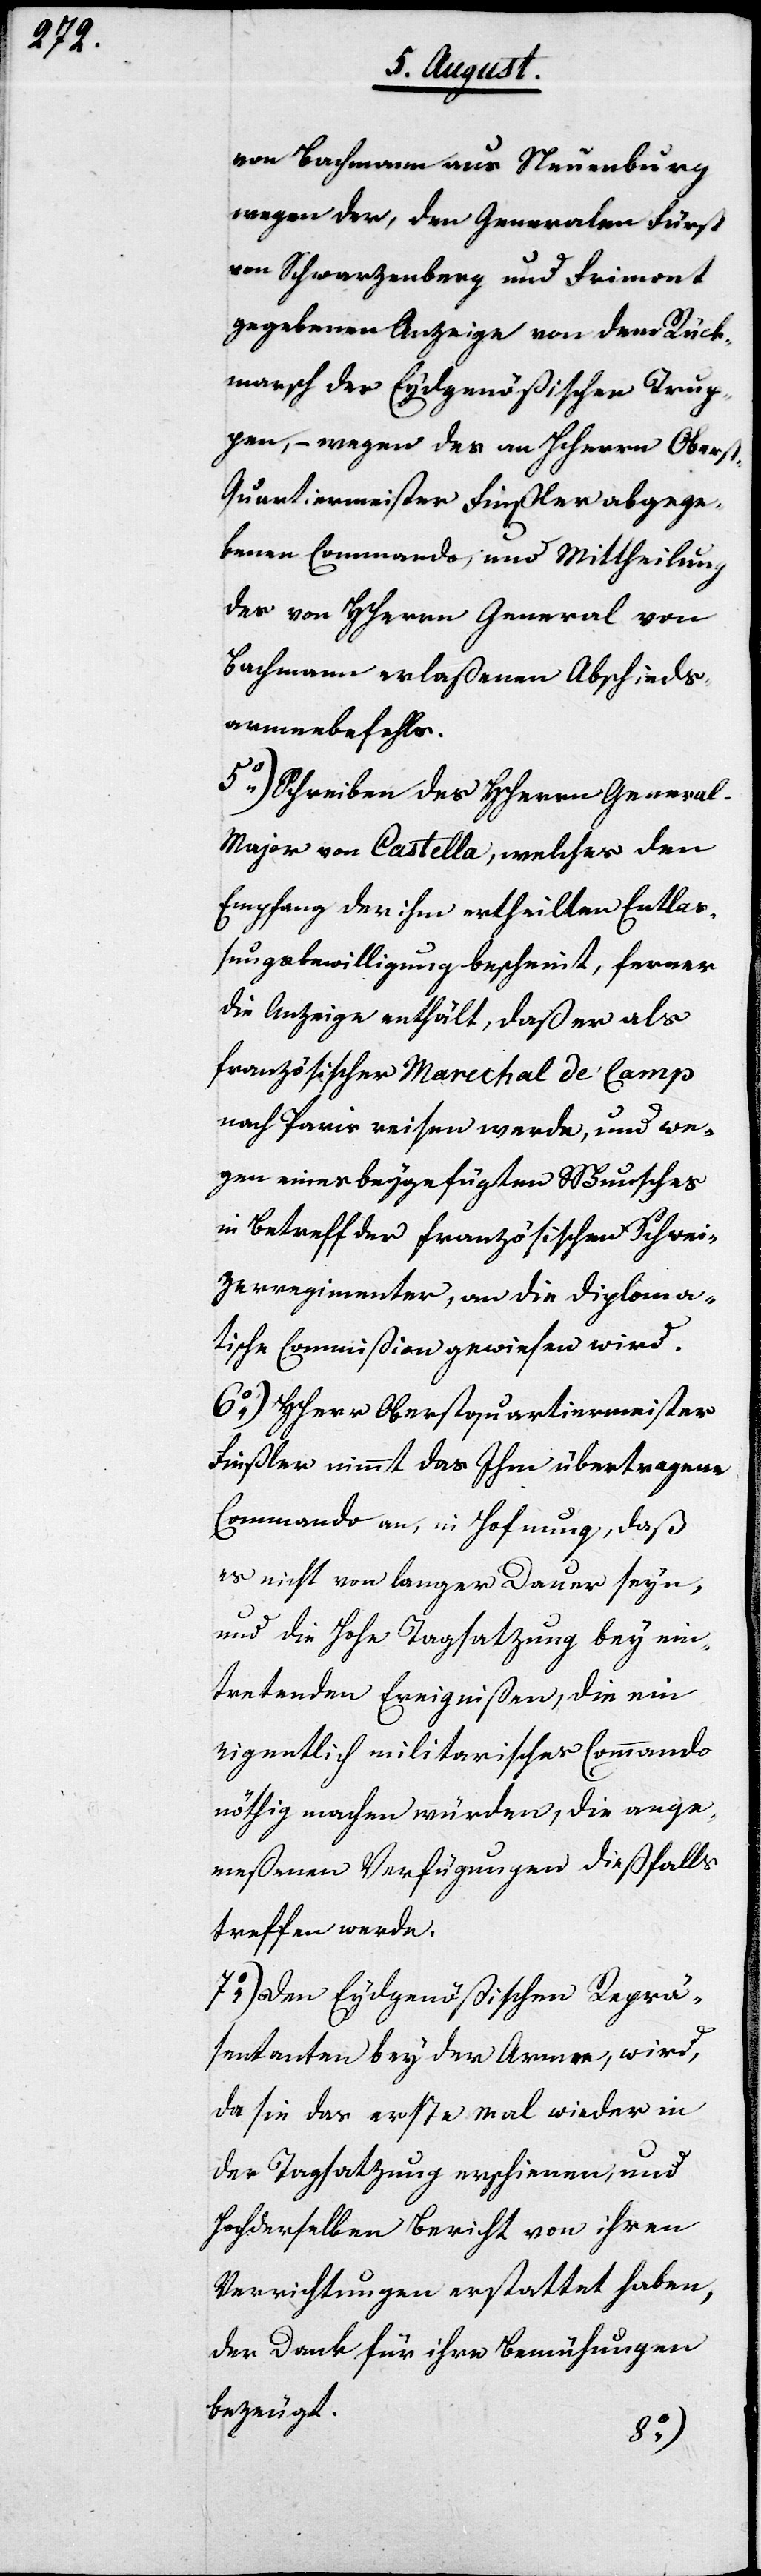
von Bachmann aus Neuenburg
wegen der, den Generalen Fürst
von Schwarzenberg und Frimont
gegebenen Anzeige von dem Rück¬
marsch der Eydgenößischen Trup¬
pen, – wegen des an HHerrn Obers¬
t-Quartiermeister Finsler abgege¬
benen Commando, und Mittheilung
des von HHerrn General von
Bachmann erlaßenen Abschieds¬
armeebefehls.
5.) Schreiben des HHerrn Genera¬
l-Major von Castella, welches den
Empfang der ihm ertheilten Entlaß¬
ungsbewilligung bescheint, ferner
die Anzeige enthält, daß er als
französischer Marchal de Camp
nach Paris reisen werde, und we¬
gen eines beygefügten Wunsches
in Betreff der Französischen Schwei¬
zerregimenter, an die diploma¬
tische Commißion gewiesen wird.
6.) Herr Oberstquartiermeister
Finsler nimmt das Ihm übertragene
Commando an, in Hofnung, daß
es nicht von langer Dauer seyn,
und die Hohe Tagsatzung bey ein¬
tretenden Ereignißen, die e¬
igentlich militarisches Commando
nöthig machen würden, die ange¬
meßenen Verfügungen dießfalls
treffen werde.
7.) Den Eydgenößischen Reprä¬
sentanten bey der Armee, wird,
da sie das erste Mal wieder in
der Tagsatzung erschienen, und
Hochdenselben Bericht von ihren
Verrichtungen erstattet haben,
der Dank für ihre Bemühungen
bezeugt.